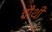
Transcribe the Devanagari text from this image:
चौंथी